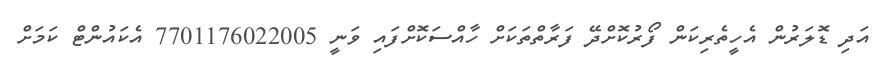
އަދި ޑޮލަރުން އެހީތެރިކަން ފޯރުކޮށްދޭ ފަރާތްތަކަށް ހާއްސަކޮށްފައި ވަނީ 7701176022005 އެކައުންޓް ކަމަށް